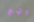
اتهم